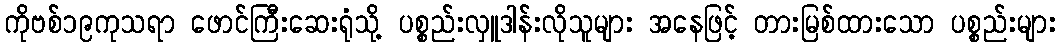
ကိုဗစ်၁၉ကုသရာ ဖောင်ကြီးဆေးရုံသို့ ပစ္စည်းလှူဒါန်းလိုသူများ အနေဖြင့် တားမြစ်ထားသော ပစ္စည်းများ